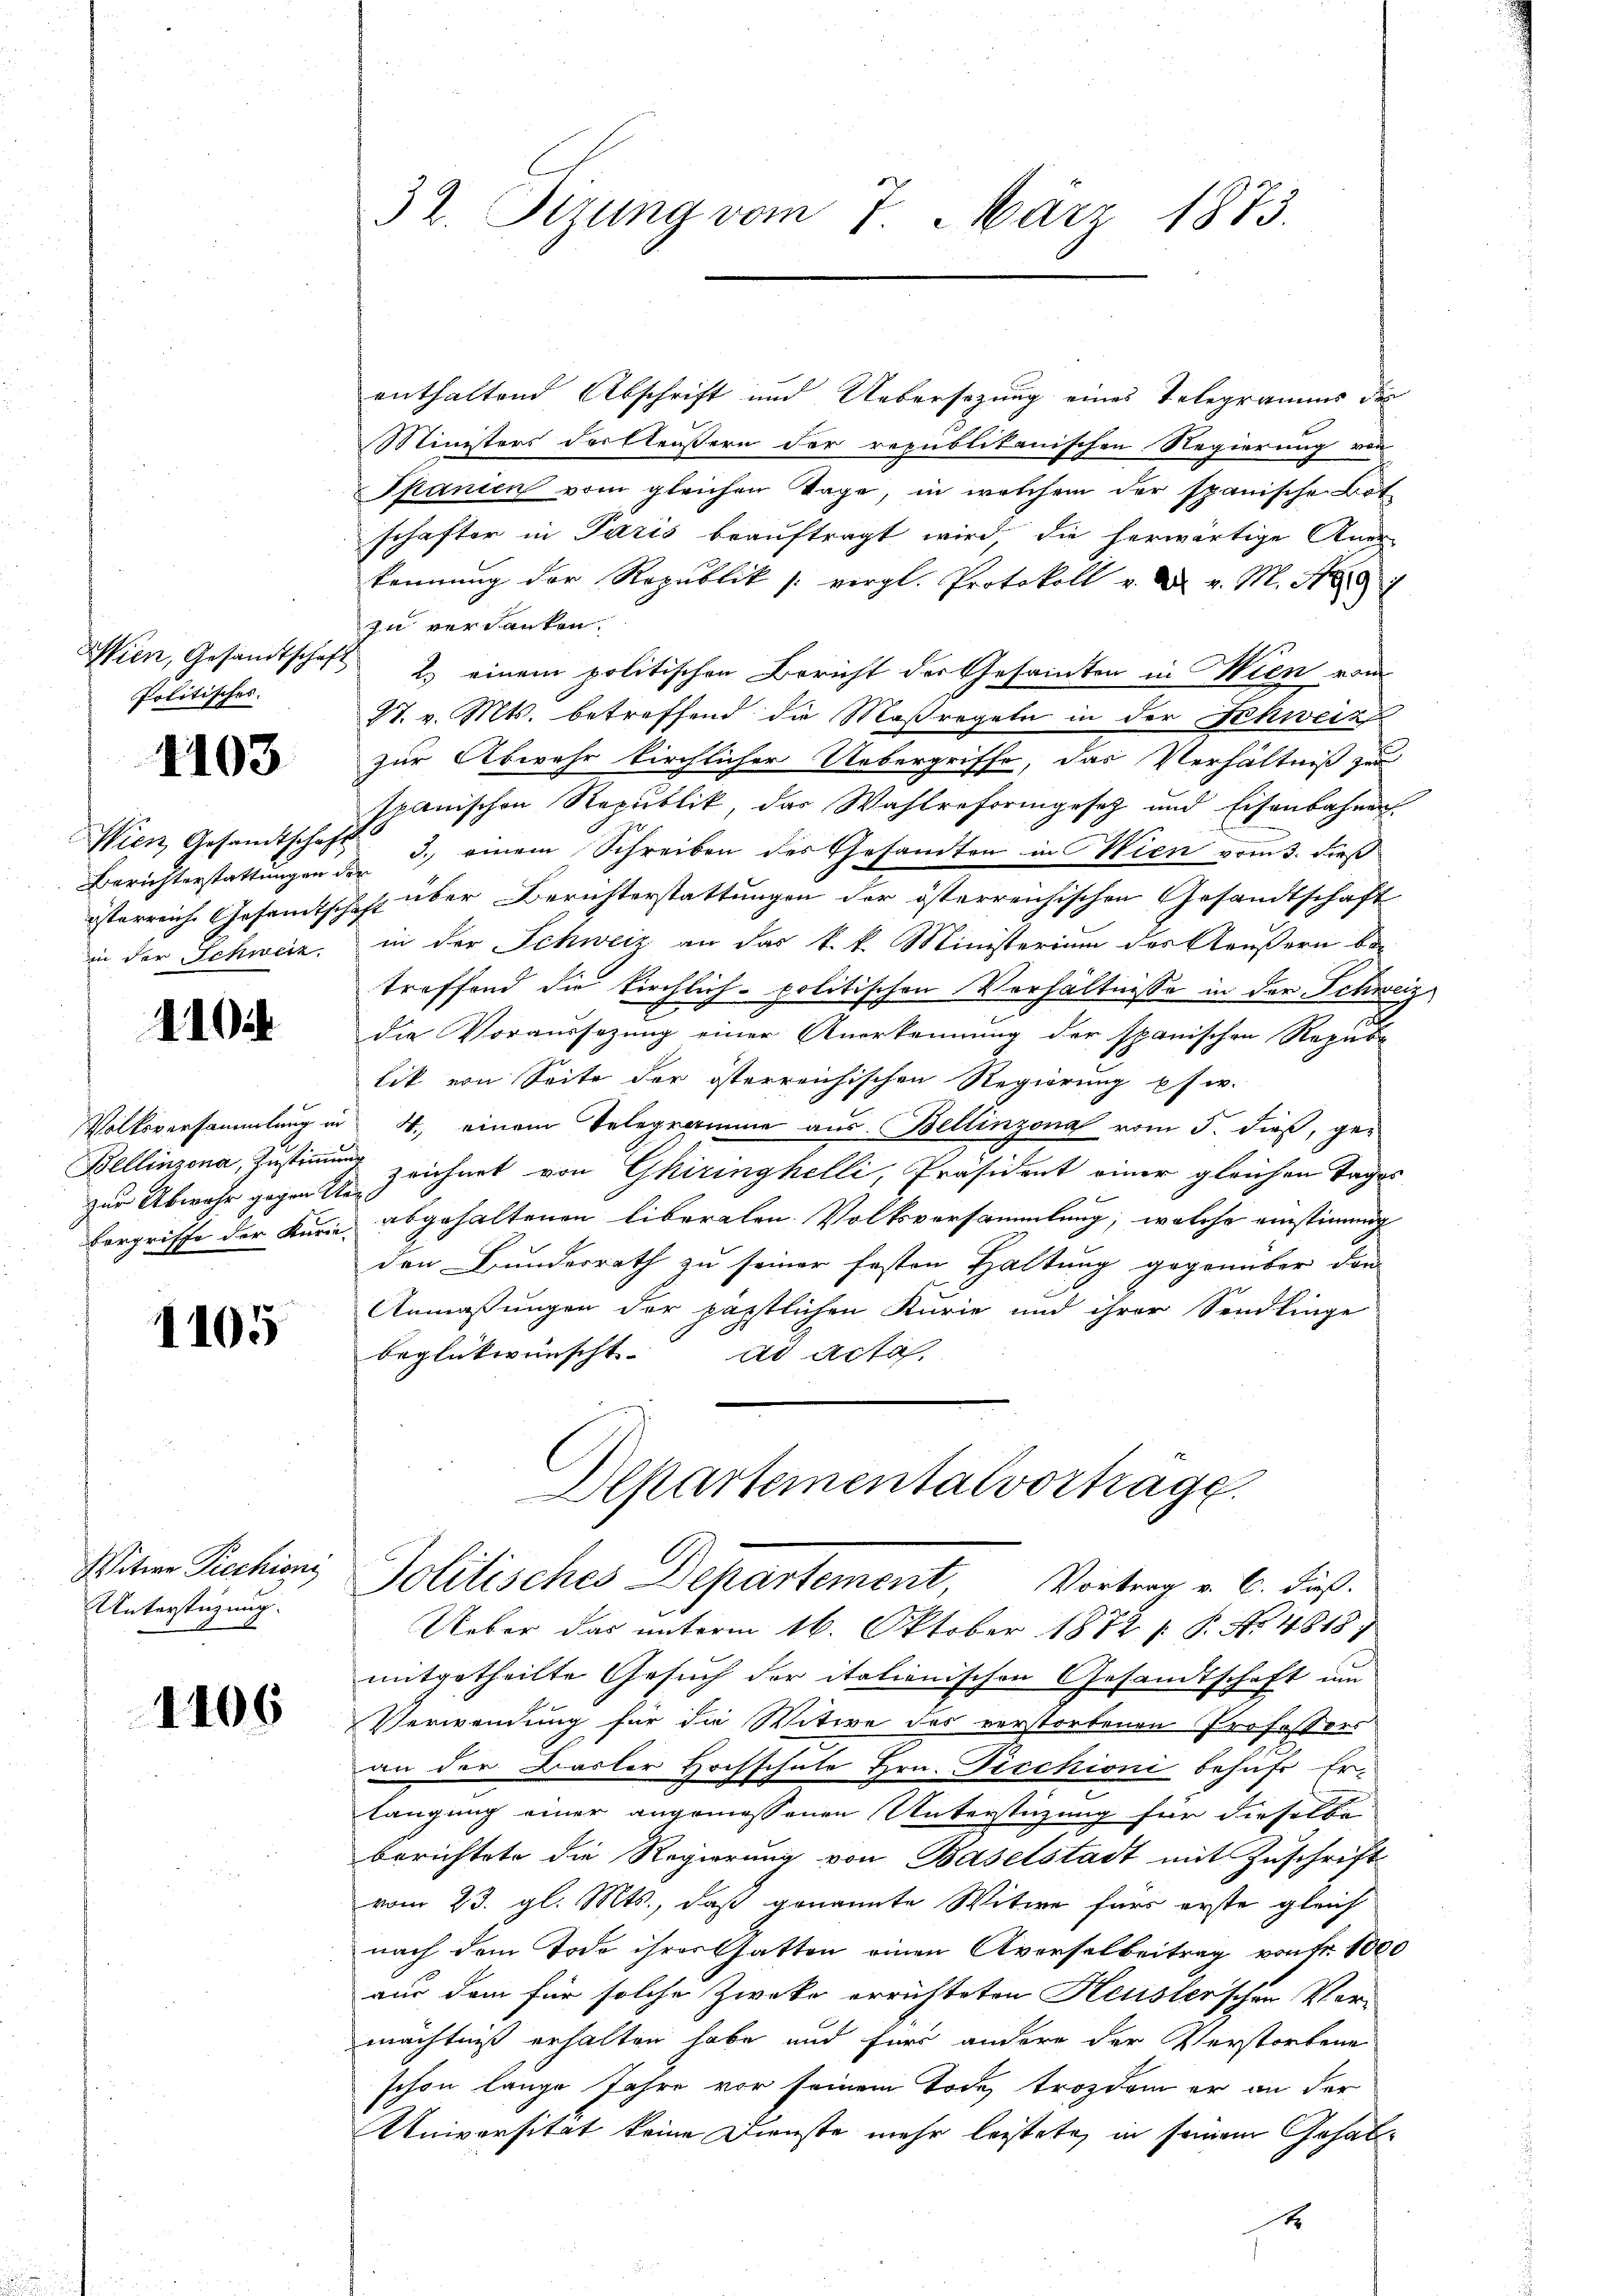
Politisches.

1103

Wien Gesandtschaft
in der Schweiz.

110

Bellinzona, Zustimmung

1105

Witwe Piechioni
Unterstüzung.

1106

32. Sizung vom 7. März 1873.

enthaltend Abschrift und Uebersezung eines Telegramms des
Ministers dertäußern der republikanischen Regierung von
Spanien vom gleichen Tage, in welchem der spanische Bot
schafter in Paris beauftragt wird, die herwärtige Aner-
kennung der Republik /: vergl. Protokoll u. v. M. S. 97
zu verdanken.
Wien, Gesandtschaft 2.) einem politischen Bericht der Gesamten in Wien vom
S. v. Mts. betreffend die Maßregeln in der Schweiz
zur Abwehr kirchlicher Uebergriffe, das Verhältniß zu
phanischen Republik, das Wahlreformgesetz und Eisenbahnen
Berichterstattungen de 3. einem Schreiben des Gesandten in Wien vom 3. dieß
isterreich Gesamtschaft über Berichterstattungen der österreichischen Gesandtschaft
in der Schweiz an das k. k. Ministerium des Aeußern be
troffend die Kirchlich-politischen Verhältnisse in der Schweiz
die Voraussetzung einer Anerkennung der spanischen Republik von Seite der österreichischen Regierung psw.
Volksversammlung in 4. einem Telegramme aus Bellinzona vom 5. dieß, gezur Abwehr gegen sie zeichnet von Ghiringhelli, Präsident einer gleichen Tages
Forgriffe der Kurie abgehaltenen liberalen Volksversammlung, welche einstimmig
den Bundesrath zu seiner festen Haltung gegenüber den
Anmaßungen der päpstlichen Kurie und ihrer Sendlinge
beglückwünscht.
ad acta
Departemental vortrage

Ueber das unterm 16. Oktober 1872 s P. Nr. 4818)
mitgetheilte Gesuch der italienischen Gesandtschaft um
Verwendung für die Witwe des verstorbenen Professors
an der Basler Hochschule Hrn. Fischioni behufs Erlangung einer angemessenen Unterstüzung für dieselbe
berichtete die Regierung von Baselstadt mit Zuschrift
vom 23. gl. Mts., daß genannte Witwe fürs erste gleich
nach dem Tode ihrer hatten einen Averselbeitrag von Fr. 1000
aus dem für solche Zweke errichteten Heusler’schen Vor-
mächtniß erhalten habe und für andere der Verstorbene
schon lange Jahre vor seinem Tode, trozdem er an der
Universität keine Dienste mehr leistete, in seinem Gehalx

Solitisches Departement Vortrag v. C. dieß.